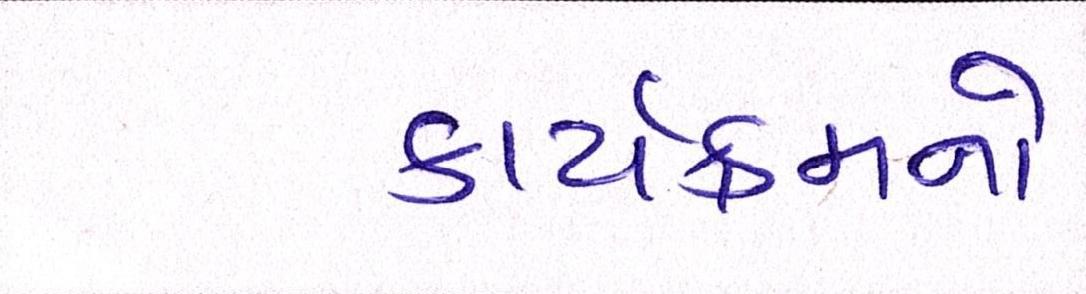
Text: કાર્યક્રમનો